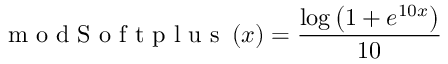
\mathrm { ~ m ~ o ~ d ~ S ~ o ~ f ~ t ~ p ~ l ~ u ~ s ~ } \left( x \right) = \frac { \log { \left( 1 + e ^ { 1 0 x } \right) } } { 1 0 }